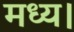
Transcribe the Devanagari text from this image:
मध्य।